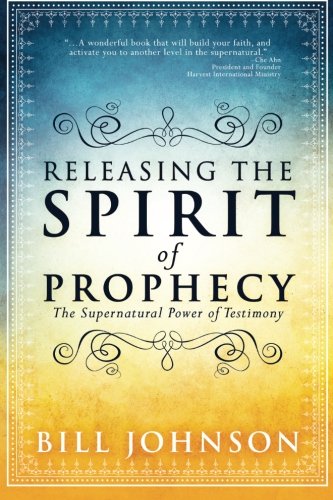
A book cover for Releasing the Spirit of Prophecy: The Supernatural Power of Testimony; Bill Johnson; Christian Books & Bibles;